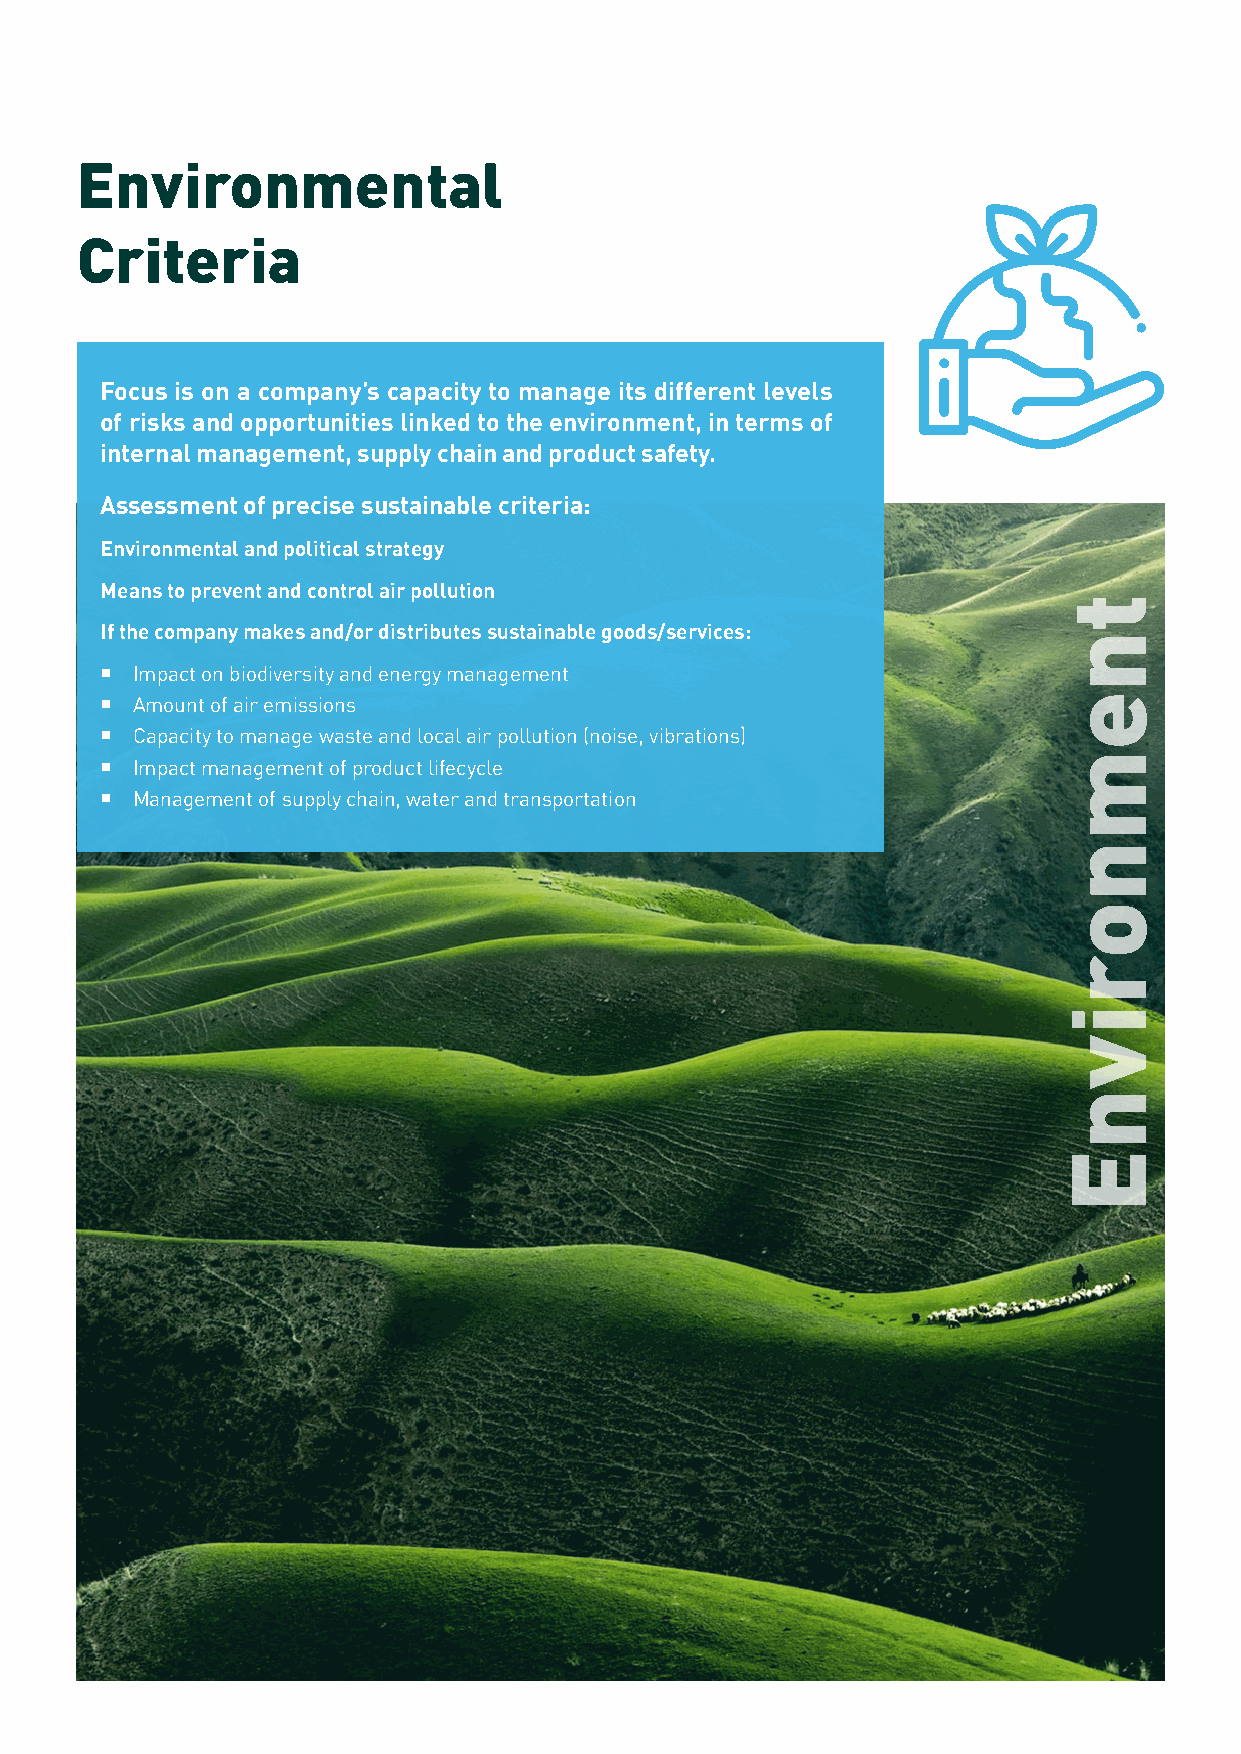
Environmental
 Criteria
 Focus is on a company’s capacity to manage its different levels
 of risks and opportunities linked to the environment, in terms of
 internal management, supply chain and product safety.
 Assessment of precise sustainable criteria:
 Environmental and political strategy
 Means to prevent and control air pollution
 If the company makes and/or distributes sustainable goods/services:
 � Impact on biodiversity and energy management
 � Amount of air emissions
 � Capacity to manage waste and local air pollution (noise, vibrations)
 � Impact management of product lifecycle
 � Management of supply chain, water and transportation
 tnemnorivnE